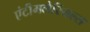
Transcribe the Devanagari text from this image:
एंटीमलेरियल्स